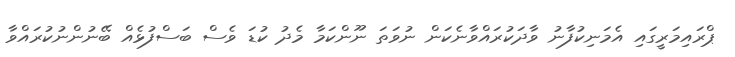
ޕްރައިމަރީގައި އެމަނިކުފާނު ވާދަކުރައްވާނެކަން ނުވަތަ ނޫންކަމާ މެދު ކުޑަ ވެސް ބަސްފުޅެއް ބޭނުންނުކުރައްވާ